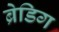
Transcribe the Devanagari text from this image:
ब्रेडिग